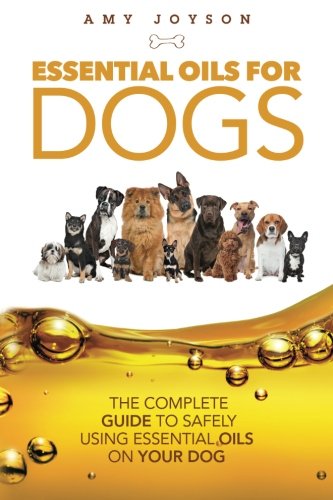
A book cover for Essential Oils For Dogs: The Complete Guide To Safely Using Essential Oils On Your Dog; Amy Joyson; Health, Fitness & Dieting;